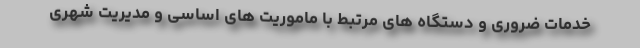
خدمات ضروری و دستگاه های مرتبط با ماموریت های اساسی و مدیریت شهری